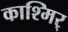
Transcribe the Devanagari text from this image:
काश्मिर्